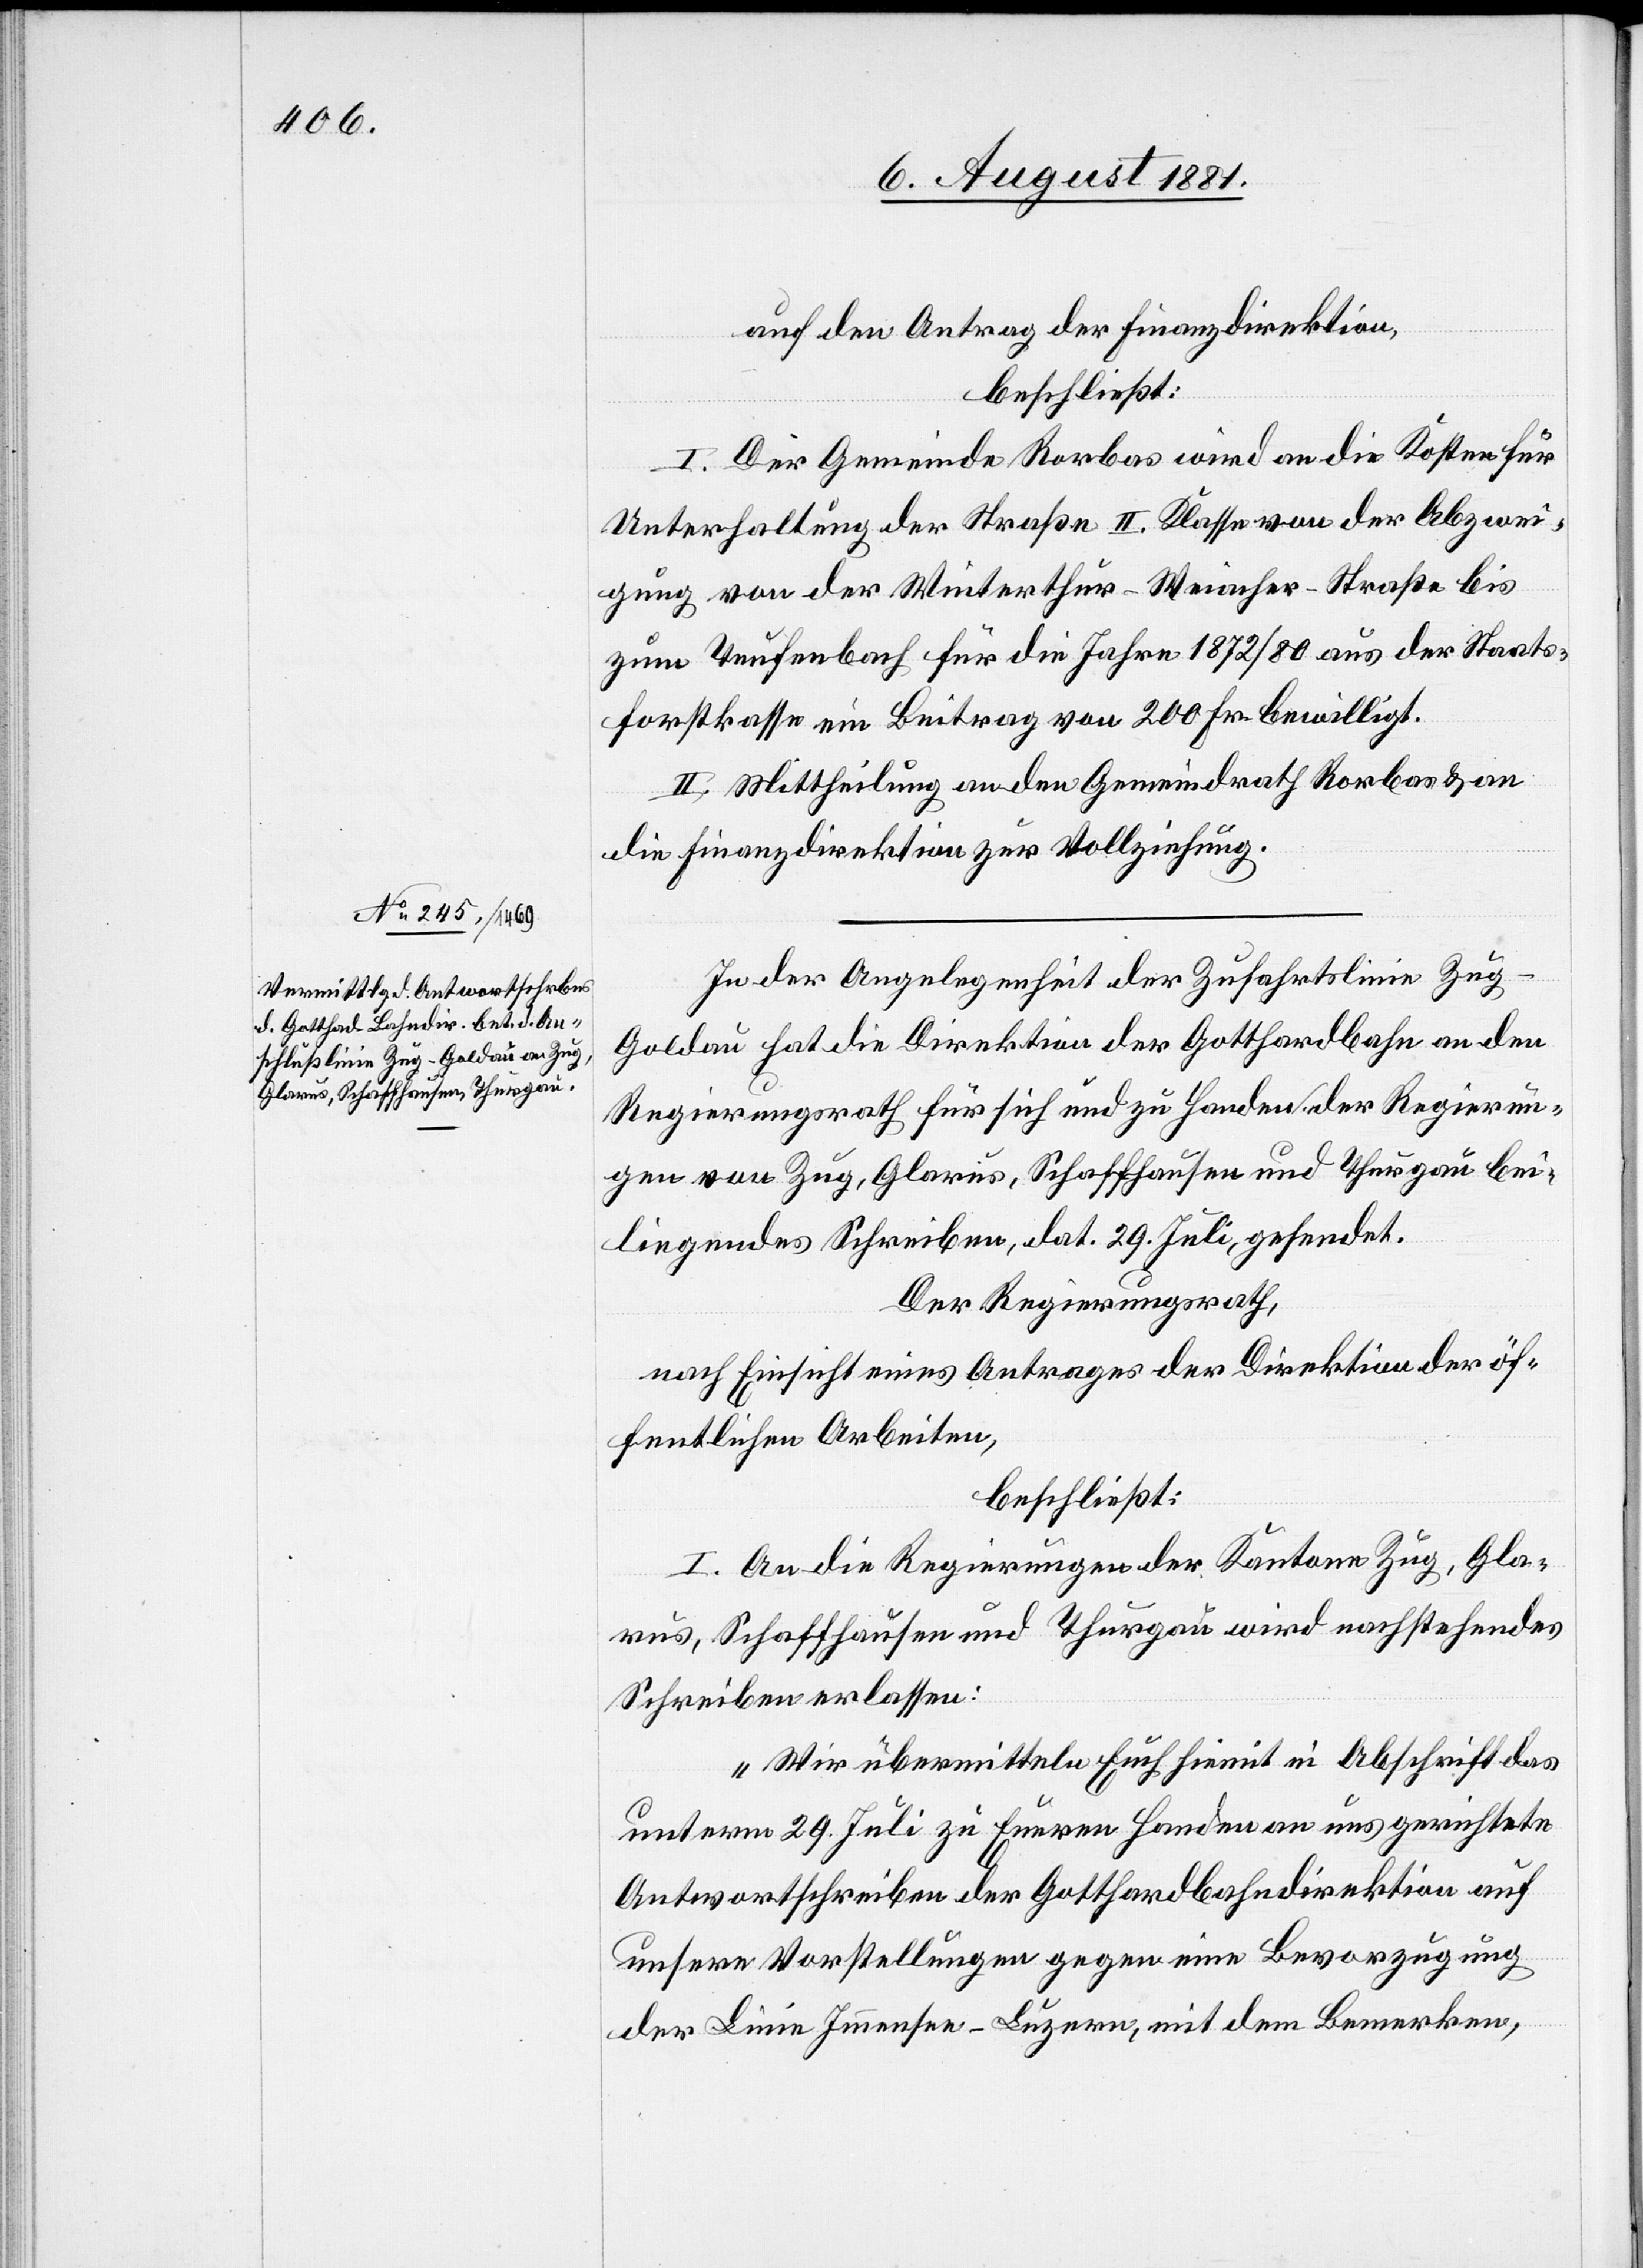
auf den Antrag der Finanzdirektion,
beschließt:
I. Der Gemeinde Rorbas wird an die Kosten für
Unterhaltung der Straße II. Klasse von der Abzwei¬
gung von der Winterthur-Weiacher-Straße bis
zum Teufenbach für die Jahre 1872/80 aus der Staats¬
forstkasse ein Beitrag von 200 Fr. bewilligt.
II. Mittheilung an den Gemeindrath Rorbas & an
die Finanzdirektion zur Vollziehung.